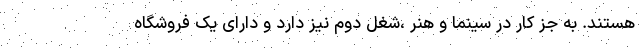
هستند. به جز کار در سینما و هنر ،شغل دوم نیز دارد و دارای یک فروشگاه